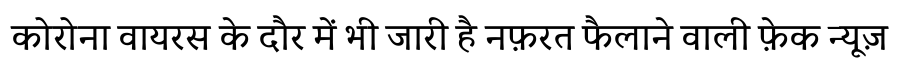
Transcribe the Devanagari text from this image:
कोरोना वायरस के दौर में भी जारी है नफ़रत फैलाने वाली फ़ेक न्यूज़